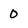
Character: O